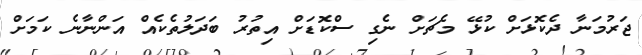
ޖަރުމަނާ ދެކޮޅަށް ކުޅޭ މެޗަށް ނެގި ސްކޮޑަށް އިތުރު ބަދަލުތެކެއް އަންނާނެ ކަމަށް